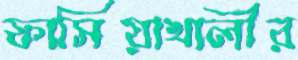
ফাসিয়াখালীর